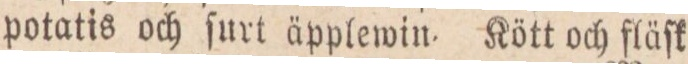
potatis och ſurt äpplewin. Kött och fläſk